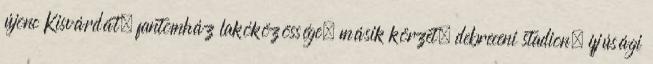
újonc Kisvárdát, fantomház lakóközössége, másik körzet, debreceni stadion, ifjúsági